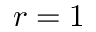
r = 1